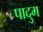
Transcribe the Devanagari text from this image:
पादुम